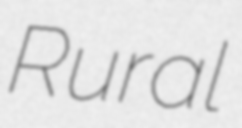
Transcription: Rural